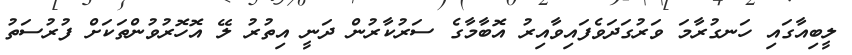
ލީބިއާގައި ހަނގުރާމަ ވަރުގަދަވެފައިވާއިރު އޮބާމާގެ ސަރުކާރުން ދަނީ އިތުރު ލޭ އޮހޮރުވުންތަކަށް ފުރުސަތު